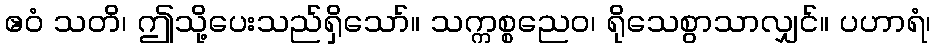
ဧဝံ သတိ၊ ဤသို့ပေးသည်ရှိသော်။ သက္ကစ္စညေဝ၊ ရိုသေစွာသာလျှင်။ ပဟာရံ၊